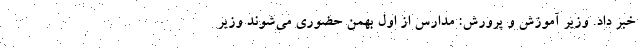
خبر داد. وزیر آموزش‌ و پرورش: مدارس از اول بهمن حضوری می‌شوند وزیر